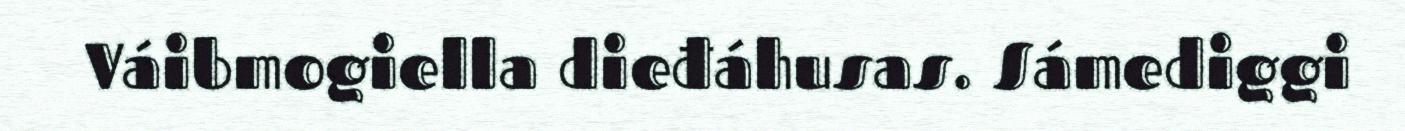
Váibmogiella dieđáhusas. Sámediggi